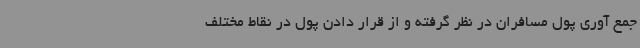
جمع آوری پول مسافران در نظر گرفته و از قرار دادن پول در نقاط مختلف